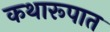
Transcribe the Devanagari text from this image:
कथारूपात